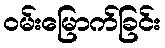
ဝမ်းမြောက်ခြင်း